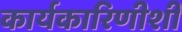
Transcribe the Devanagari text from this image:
कार्यकारिणीशी